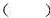
( )